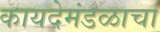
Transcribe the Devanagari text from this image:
कायदेमंडळाचा